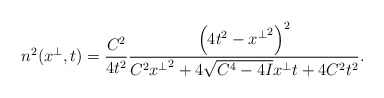
\begin{align*}n^2(x^\perp,t)=\frac{C^2}{4t^2}\frac{\left(4t^2-{x^\perp}^2\right)^2}{C^2{x^\perp}^2+4\sqrt{C^4-4I}x^\perp t+4C^2t^2}.\end{align*}